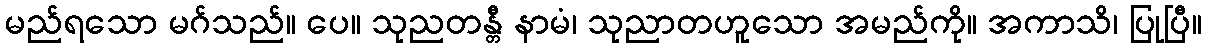
မည်ရသော မဂ်သည်။ ပေ။ သုညတန္တီ နာမံ၊ သုညာတဟူသော အမည်ကို။ အကာသိ၊ ပြုပြီ။